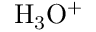
\mathrm { H _ { 3 } O ^ { + } }